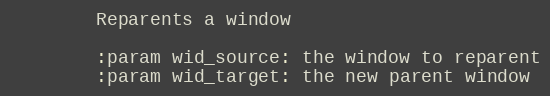
Language: Python
        Reparents a window

        :param wid_source: the window to reparent
        :param wid_target: the new parent window